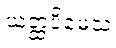
ယတ္ထပိမေသံ